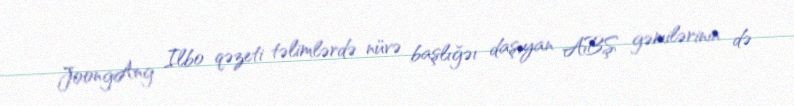
JoongAng Ilbo qəzeti təlimlərdə nüvə başlığəı daşıyan ABŞ gəmilərinin də